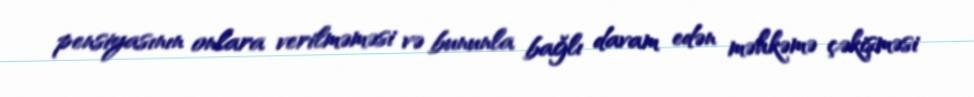
pensiyasının onlara verilməməsi və bununla bağlı davam edən məhkəmə çəkişməsi